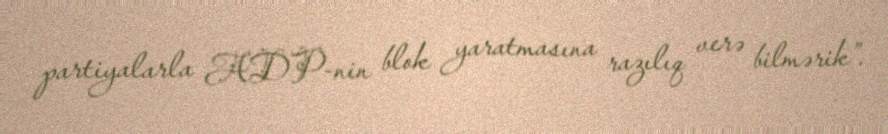
partiyalarla ADP-nin blok yaratmasına razılıq verə bilmərik”.